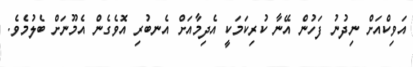
އަވިކްއަށް ނިދުނު ފަހުން އޭނާ ކުރިކަމަކީ އެދިމާއަށް އެނބުރި އޮވެގެން އެމޫނަށް ބެލުމެވެ.